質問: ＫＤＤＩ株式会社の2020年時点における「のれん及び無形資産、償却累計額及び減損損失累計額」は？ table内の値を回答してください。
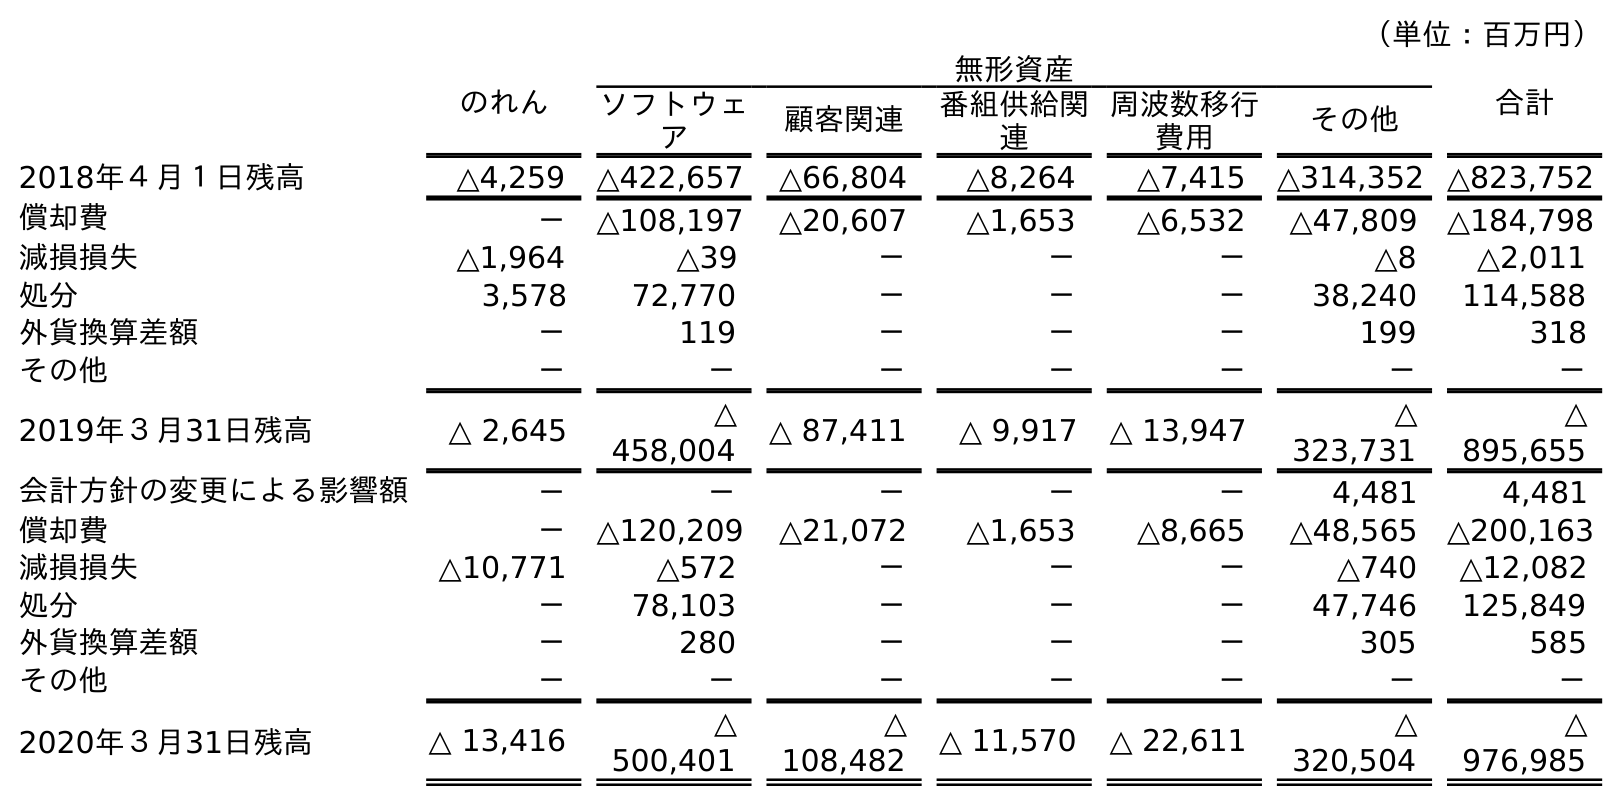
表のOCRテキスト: （単位：百万円） のれん 無形資産 合計 ソフトウェ ア 顧客関連 番組供給関 連 周波数移行 費用 その他 2018年４月１日残高 △4,259 △422,657 △66,804 △8,264 △7,415 △314,352 △823,752 償却費 － △108,197 △20,607 △1,653 △6,532 △47,809 △184,798 減損損失 △1,964 △39 － － － △8 △2,011 処分 3,578 72,770 － － － 38,240 114,588 外貨換算差額 － 119 － － － 199 318 その他 － － － － － － － 2019年３月31日残高 △ 2,645 △ 458,004 △ 87,411 △ 9,917 △ 13,947 △ 323,731 △ 895,655 会計方針の変更による影響額 － － － － － 4,481 4,481 償却費 － △120,209 △21,072 △1,653 △8,665 △48,565 △200,163 減損損失 △10,771 △572 － － － △740 △12,082 処分 － 78,103 － － － 47,746 125,849 外貨換算差額 － 280 － － － 305 585 その他 － － － － － － － 2020年３月31日残高 △ 13,416 △ 500,401 △ 108,482 △ 11,570 △ 22,611 △ 320,504 △ 976,985
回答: △976,985